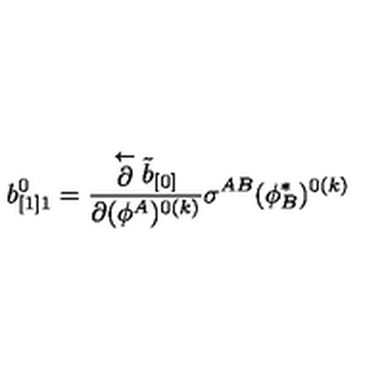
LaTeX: b _ { [ 1 ] 1 } ^ { 0 } = { \frac { \stackrel { \leftarrow } { \partial } \tilde { b } _ { [ 0 ] } } { \partial ( \phi ^ { A } ) ^ { 0 ( k ) } } } \sigma ^ { A B } ( \phi _ { B } ^ { * } ) ^ { 0 ( k ) }